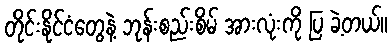
တိုင်းနိုင်ငံတွေနဲ့ ဘုန်းစည်းစိမ် အားလုံးကို ပြ ခဲ့တယ်။